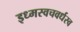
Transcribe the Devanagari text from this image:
इध्मस्वचवर्धस्व